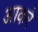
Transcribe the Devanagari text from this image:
आकरे